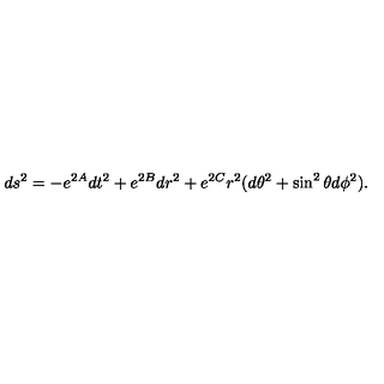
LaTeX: d s ^ { 2 } = - e ^ { 2 A } d t ^ { 2 } + e ^ { 2 B } d r ^ { 2 } + e ^ { 2 C } r ^ { 2 } ( d \theta ^ { 2 } + \sin ^ { 2 } \theta d \phi ^ { 2 } ) .